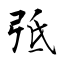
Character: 弤